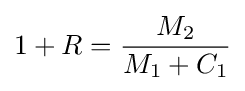
1+R={\frac {M_{2}}{M_{1}+C_{1}}}